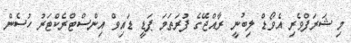
މި ޝަރަފްވެރި އެވޯޑް ލިބުނީ ރާއްޖޭގެ ފުރަތަމަ ޕަޑީ ޑައިވް އިންސްޓްރެކްޓަރު ހުސެން